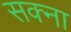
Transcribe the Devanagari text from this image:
सक्ना